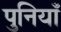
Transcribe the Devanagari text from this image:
पुनियाँ